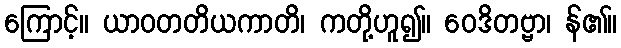
ကြောင့်။ ယာဝတတိယကာတိ၊ ကတို့ဟူ၍။ ဝေဒိတဗ္ဗာ၊ န်၏။